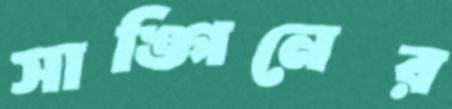
সাঙ্গিনের